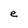
Character: e